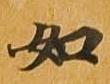
如